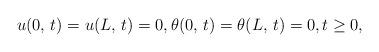
LaTeX: \begin{align*}& u(0,\,t)=u(L,\,t) = 0,\theta(0,\,t)=\theta(L,\,t) = 0,t\geq 0,\end{align*}